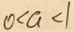
0 < a < 1